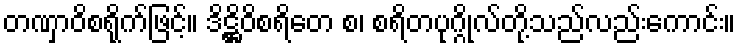
တဏှာဝိစရိုက်ဖြင့်။ ဒိဋ္ဌိဝိစရိတေ စ၊ စရိတပုဂ္ဂိုလ်တို့သည်လည်းကောင်း။